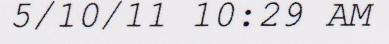
5/10/11 10:29 AM